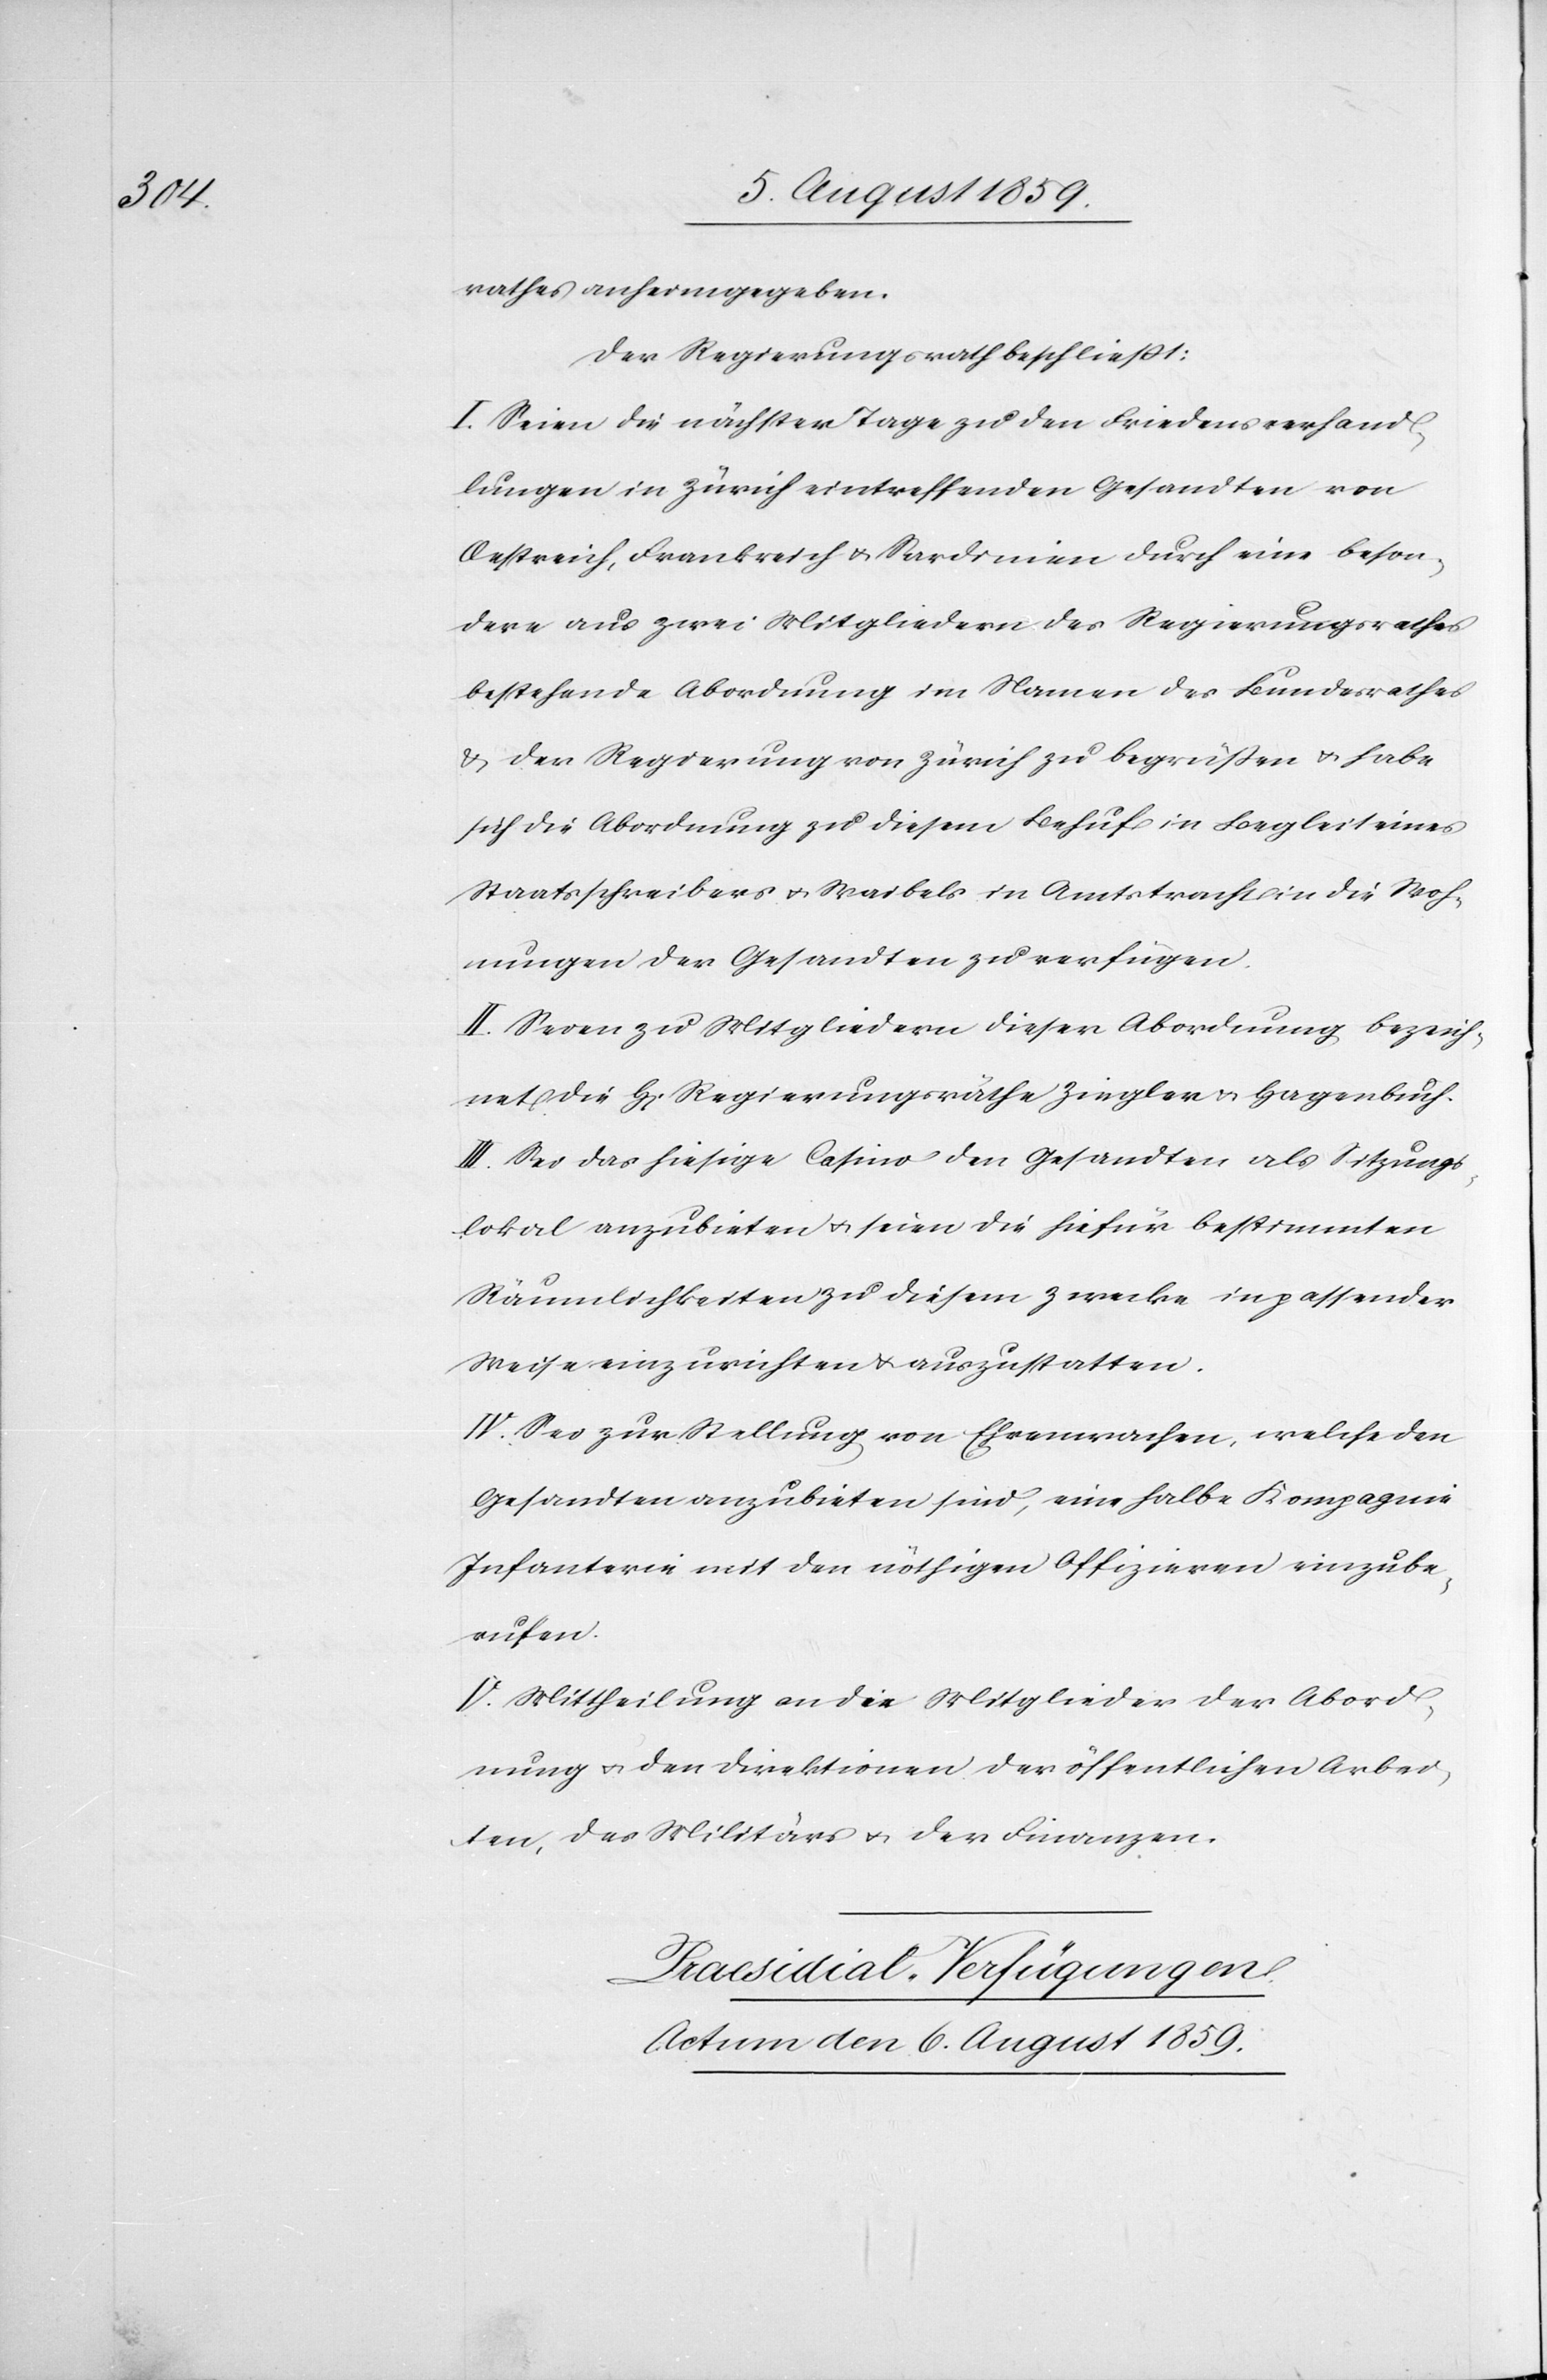
rathes anheimgegeben.
Der Regierungsrath beschließt:
I. Seien die nächster Tage zu den Friedensverhand¬
lungen in Zürich eintreffenden Gesandten von
Oestreich, Frankreich u. Sardinien durch eine beson¬
dere aus zwei Mitgliedern des Regierungsrathes
bestehende Abordnung im Namen des Bundesrathes
u. der Regierung von Zürich zu begrüssen u. habe
sich die Abordnung zu diesem Behuf in Begleit eines
Staatsschreibers u. Waibels in Amtstracht in die Woh¬
nungen der Gesandten zu verfügen.
II. Seien zu Mitgliedern dieser Abordnung bezeich¬
net die H[erren] Regierungsräthe Ziegler u. Hagenbuch.
III. Sei das hiesige Casino den Gesandten als Sitzungs¬
lokal anzubieten u. seien die hiefür bestimmten
Räumlichkeiten zu diesem Zwecke in passender
Weise einzurichten u. auszustatten.
IV. Sei zur Stellung von Ehrenwachen, welche den
Gesandten anzubieten sind, eine halbe Kompagnie
Infanterie mit den nöthigen Offizieren einzube¬
rufen.
V. Mittheilung an die Mitglieder der Abord¬
nung u. den Direktionen der öffentlichen Arbei¬
ten, des Militärs u. der Finanzen.
Praesidial-Verfügungen.
Actum den 6. August 1859.